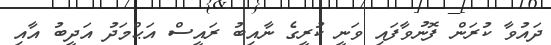
ދައުވާ ކުރަން ފޮނުވާފައި ވަނީ ކުރީގެ ނާއިބު ރައީސް އަޙްމަދު އަދީބު އާއި